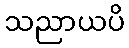
သညာယပိ